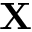
\mathbf { X }